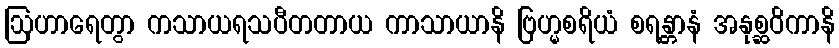
ဩဟာရေတွာ ကသာယရသပီတတာယ ကာသာယာနိ ဗြဟ္မစရိယံ စရန္တာနံ အနုစ္ဆဝိကာနိ